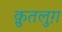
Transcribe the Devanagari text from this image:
क़ुतलुग़